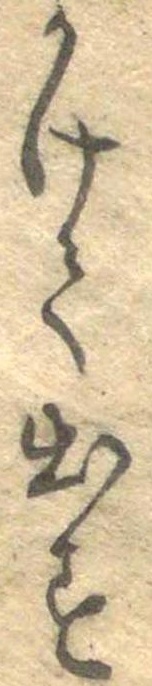
かけて出す